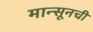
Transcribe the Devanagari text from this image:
मान्सूनची